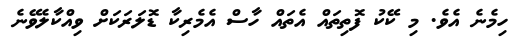
ހިމެނެ އެވެ. މި ކޭކު ފޮތިތައް އެތައް ހާސް އެމެރިކާ ޑޮލަރަކަށް ވިއްކާލެވޭނެ